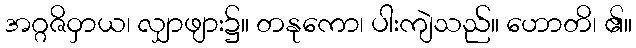
အဂ္ဂဇိဝှာယ၊ လျှာဖျား၌။ တနုကော၊ ပါးကျဲသည်။ ဟောတိ၊ ၏။